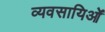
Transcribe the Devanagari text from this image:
व्यवसायिओं